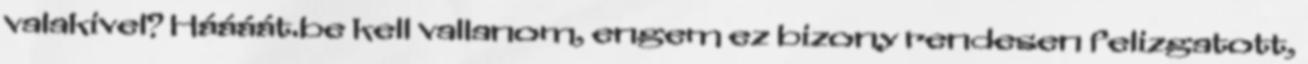
valakivel? Háááát.be kell vallanom, engem ez bizony rendesen felizgatott,